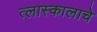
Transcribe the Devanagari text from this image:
त्लास्कालाचे